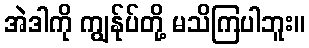
အဲဒါကို ကျွန်ုပ်တို့ မသိကြပါဘူး။